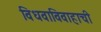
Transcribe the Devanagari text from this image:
विधवाविवाहाची